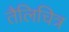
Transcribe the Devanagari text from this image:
तैलिचित्र